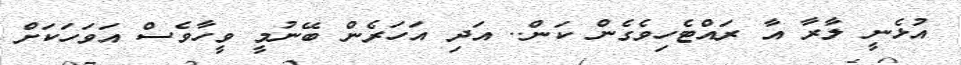
އުޅެނީ ލާރާ އާ ރައްޓެހިވެގެން ކަން.. އަދި އަހަރެން ބޭނުމީ ވީހާވެސް އަވަހަކަށް